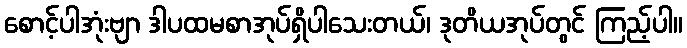
စောင့်ပါအုံးဗျာ ဒါပထမစာအုပ်ရှိပါသေးတယ်၊ ဒုတိယအုပ်တွင် ကြည့်ပါ။